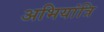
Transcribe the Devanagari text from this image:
अभियांत्रि